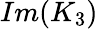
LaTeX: Im(K_{3})